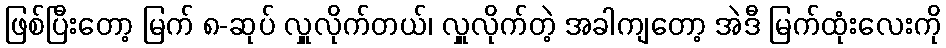
ဖြစ်ပြီးတော့ မြက် ၈-ဆုပ် လှူလိုက်တယ်၊ လှူလိုက်တဲ့ အခါကျတော့ အဲဒီ မြက်ထုံးလေးကို